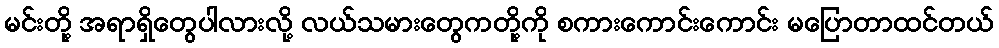
မင်းတို့ အရာရှိတွေပါလားလို့ လယ်သမားတွေကတို့ကို စကားကောင်းကောင်း မပြောတာထင်တယ်